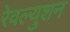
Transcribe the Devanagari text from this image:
रेवल्युशन